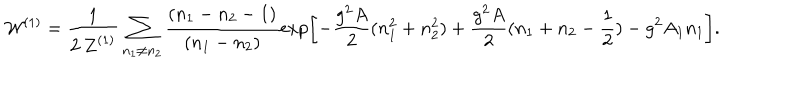
{ \cal W } ^ { ( 1 ) } = \frac { 1 } { 2 \, { \cal Z } ^ { ( 1 ) } } \sum _ { n _ { 1 } \neq n _ { 2 } } \frac { ( n _ { 1 } - n _ { 2 } - 1 ) } { ( n _ { 1 } - n _ { 2 } ) } \exp \left[ - \frac { g ^ { 2 } A } { 2 } ( n _ { 1 } ^ { 2 } + n _ { 2 } ^ { 2 } ) + \frac { g ^ { 2 } A } { 2 } ( n _ { 1 } + n _ { 2 } - \frac { 1 } { 2 } ) - g ^ { 2 } A _ { 1 } n _ { 1 } \right] .